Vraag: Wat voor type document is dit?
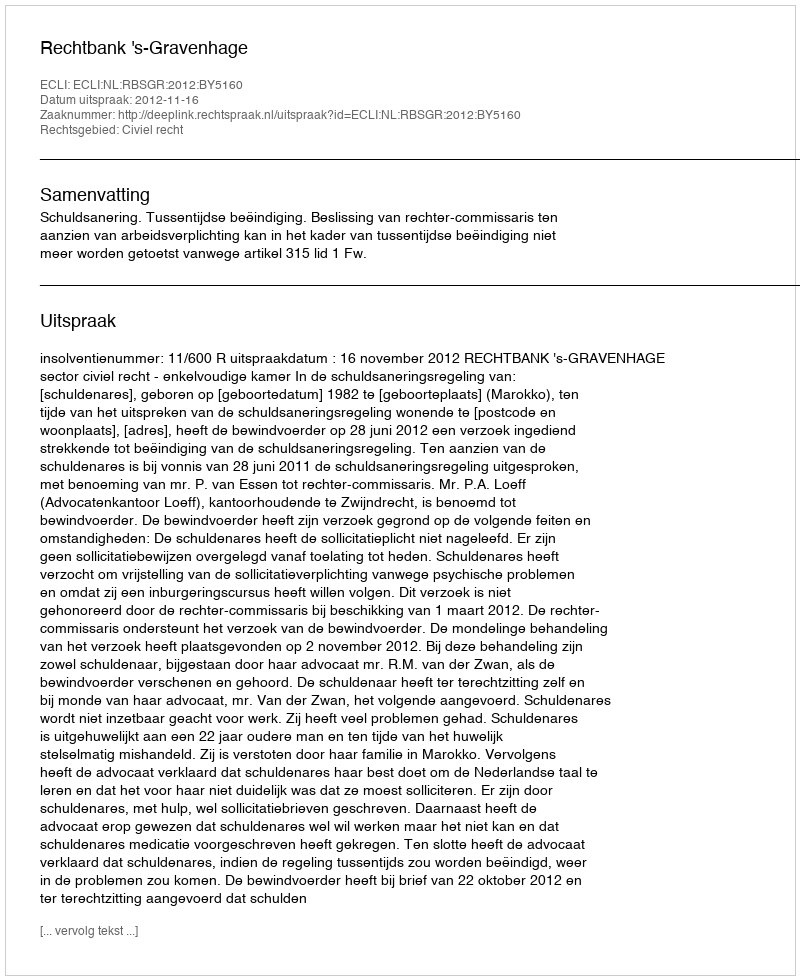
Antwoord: Uitspraak